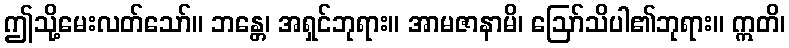
ဤသို့မေးလတ်သော်။ ဘန္တေ၊ အရှင်ဘုရား။ အာမဇာနာမိ၊ ဩော်သိပါ၏ဘုရား။ ဣတိ၊